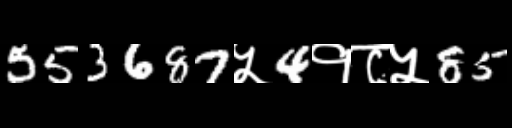
Text: 553687५4१८५85